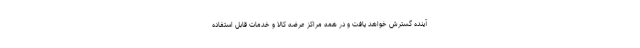
آینده گسترش خواهد یافت و در همه مراکز عرضه کالا و خدمات قابل استفاده